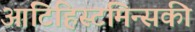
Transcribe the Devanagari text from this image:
आंटिहिस्टमिन्सकी